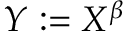
Y : = X ^ { \beta }